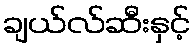
ချယ်လ်ဆီးနှင့်